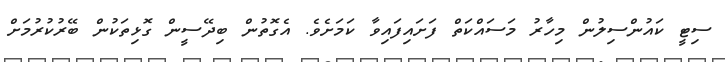
ސިޓީ ކައުންސިލުން މިހާރު މަސައްކަތް ފަށައިފައިވާ ކަމަށެވެ. އެގޮތުން ބިދޭސީން ގޮޅިތަކުން ބޭރުކުރުމަށް